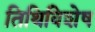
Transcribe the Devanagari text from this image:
तिथिविशेष